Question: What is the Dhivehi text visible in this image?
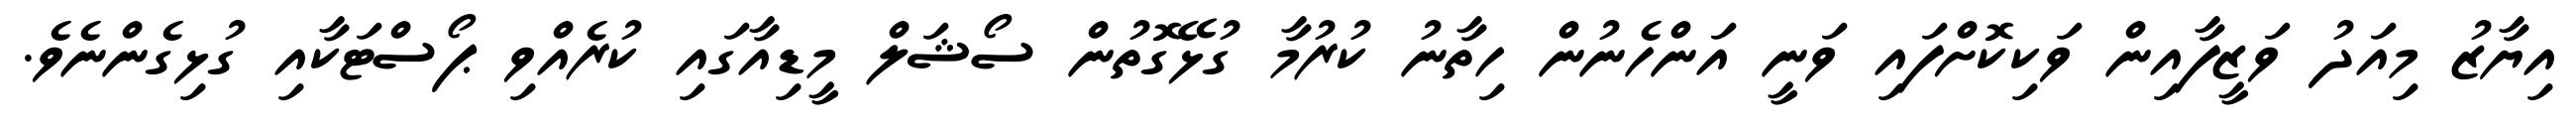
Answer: އިޔާޒު މިއަދު ވަޒީފާއިން ވަކިކޮށްފައި ވަނީ އަންހެނުން ހިތާނު ކުރުމާ ގުޅޭގޮތުން ސޯޝަލް މީޑިއާގައި ކުރެއްވި ޕޯސްޓަކާއި ގުޅިގެންނެވެ.